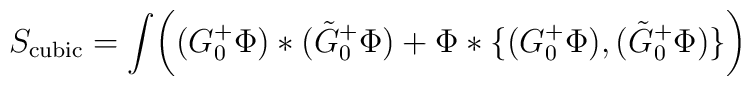
S_{\mathrm{cubic}}=\int\biggl((G_0^+\Phi)*(\tilde{G}_0^+\Phi)+\Phi*\{(G_0^+\Phi),(\tilde{G}_0^+\Phi)\}\biggr)